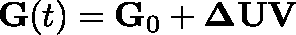
\mathbf { G } ( t ) = \mathbf { G } _ { 0 } + \mathbf { \Delta } \mathbf { U } \mathbf { V }